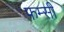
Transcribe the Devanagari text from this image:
फम्सी